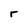
Character: r